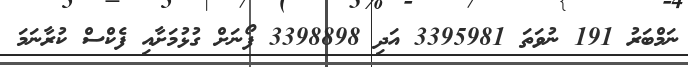
ނަމްބަރު 191 ނުވަތަ 3395981 އަދި 3398898 ފޯނަށް ގުޅުމަށާއި ފެކްސް ކުރާނަމަ